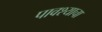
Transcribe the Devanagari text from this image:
पावश्याचा